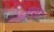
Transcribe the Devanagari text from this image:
एशा